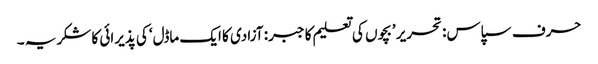
حرف سپاس: تحریر ’بچوں کی تعلیم کا جبر: آزادی کا ایک ماڈل‘ کی پذیرائی کا شکریہ ۔